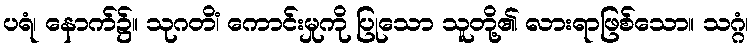
ပရံ၊ နောက်၌။ သုဂတိံ၊ ကောင်းမှုကို ပြုသော သူတို့၏ လားရာဖြစ်သော။ သဂ္ဂံ၊